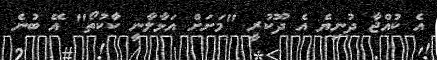
އެ ކުއްޖާ ދުނިޔެ އެ ދޫކުރީ "މަށަށް އަޅާލާނީ ކާކުތޯ" އޭ ބުނެ